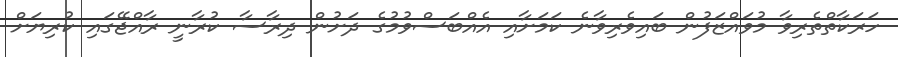
ހަރަކާތްތެރިވާ މުވައްޒަފުން ބައިވެރިވާނެ ކަމަށާއި އެއްބަސްވުމުގެ ދަށުން ދިރާސާ ކުރާނީ ރާއްޖޭގައި ކުރިޔަށް